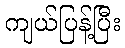
ကျယ်ပြန့်ပြီး